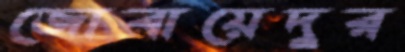
জোবায়েদুর